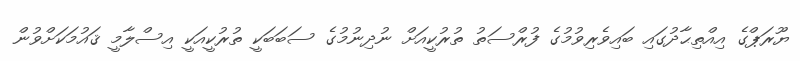
ޔޫރަޕްގެ އިއްތިޙާދުގައި ބައިވެރިވުމުގެ ފުރްސަތު ތުރުކީއަށް ނުދިނުމުގެ ސަބަބަކީ ތުރުކީއަކީ އިސްލާމީ ޤައުމަކަށްވުން